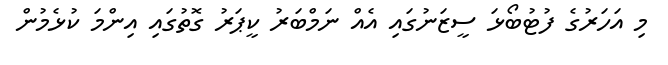
މި އަހަރުގެ ފުޓުބޯޅަ ސީޒަނުގައި އެއް ނަމްބަރު ކީޕަރު ގޮތުގައި އިންމަ ކުޅެމުން